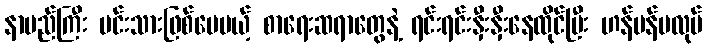
နာမည်ကြီး မင်းသားဖြစ်ပေမယ့် စာရေးဆရာတွေနဲ့ ရင်းရင်းနှီးနှီးနေထိုင်ပြီး ဟန်ပန်မလုပ်